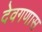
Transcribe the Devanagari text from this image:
देवगणास